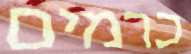
כרמים